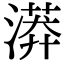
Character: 漭